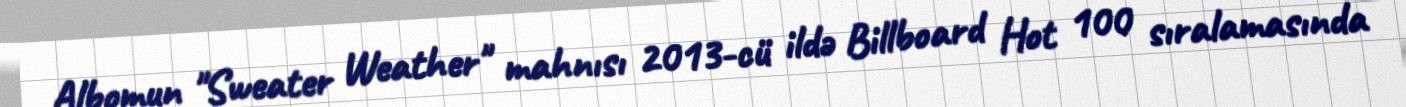
Albomun "Sweater Weather" mahnısı 2013-cü ildə Billboard Hot 100 sıralamasında